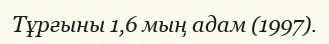
Тұрғыны 1,6 мың адам (1997).